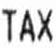
TAX